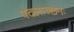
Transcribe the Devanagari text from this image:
पदलाञ्छनः